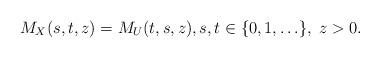
LaTeX: \begin{align*}M_X(s,t,z)=M_U(t,s,z),s,t\in\{0,1,\ldots\},\; z> 0.\end{align*}